Report of the King Institute of Preventive Medicine, Guindy
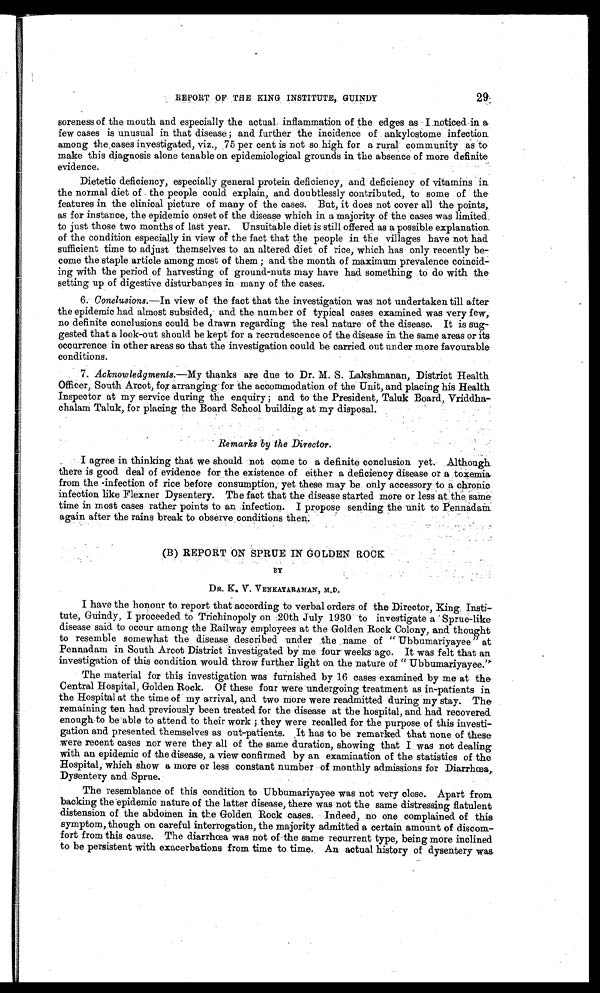
29
REPORT OF THE KING INSTITUTE, GUINDY
soreness of the mouth and especially the actual inflammation of the edges as I noticed in a
few cases is unusual in that disease ; and further the incidence of ankylostome infection.
among the cases investigated, viz., 75 per cent is not so high for a rural community as to
make this diagnosis alone tenable on epidemiological grounds in the absence of more definite
evidence.
Dietetic deficiency, especially general protein deficiency, and deficiency of vitamins in
the normal diet of the people could explain, and doubtlessly contributed, to some of the
features in the clinical picture of many of the cases. But, it does not cover all the points,
as for instance, the epidemic onset of the disease which in a majority of the cases was limited
to just those two months of last year. Unsuitable diet is still offered as a possible explanation
of the condition especially in view or the fact that the people in the villages have not had
sufficient time to adjust themselves to an altered diet of rice, which has only recently be
-
come the staple article among most of them; and the month of maximum prevalence coincid
-
ing with the period of harvesting of ground-nuts may have had something to do with the
setting up of digestive disturbances in many of the cases.
6. Conclusions.—In view of the fact that the investigation was not undertaken till after
the epidemic had almost subsided, and the number of typical cases examined was very few,
no definite conclusions could be drawn regarding the real nature of the disease. It is su
g -
g e s t e d t h a t a l o o k - o u t s h o u l d b e k e p t f o r a r e c r u d e s c e n c e o f t h e d i s e a s e i n t h e s a m e a r e a s o r i t s
occurrence in other areas so that the investigation could be carried out under more favourable
conditions.
7. Acknowledgments.—My thanks are due to Dr. M. S. Lakshmanan, District Health
Officer, South Arcot, fox arranging for the accommodation of the Unit, and placing his Health
Inspector at my service during the enquiry ; and to the President, Taluk Board, Vriddha
-
chalam Taluk, for placing the Board School building at my disposal.
Remarks by the Director.
I agree in thinking that we should not come to a definite conclusion yet. Although
there is good deal of evidence for the existence of either a deficiency disease or a toxemia
from the infection of rice before consumption, yet these may be only accessory to a chronic
infection like Flexner Dysentery. The fact that the disease started more or less at the same
time in most cases rather points to an infection. I propose sending the unit to Pennadam
again after the rains break to observe conditions then.
(B) REPORT ON SPRUE IN GOLDEN ROCK
B Y
DR. K. V. VENKATARAMAN, M.D.
I have the honour to report that according to verbal orders of the Director, King Insti
-
tute, Guindy, I proceeded to Trichinopoly on 20th July 1930 to investigate a Sprue-like
disease said to occur among the Railway employees at the Golden Rock Colony, and thought
to resemble somewhat the disease described under the name of "Ubbumariyayee" at
Pennadam in South Arcot District investigated by me four weeks ago. It was felt that an
investigation of this condition would throw further light on the nature of " Ubbumariyayee."
The material for this investigation was furnished by 16 cases examined by me at the
Central Hospital, Golden Rock. Of these four were undergoing treatment as in-patients in
the Hospital at the time of my arrival, and two more were readmitted during my stay. The
remaining ten had previously been treated for the disease at the hospital, and had recovered
enough to be able to attend to their work; they were recalled for the purpose of this invest
i -
gation and presented themselves as out-patients. It has to be remarked that none of these
were recent cases nor were they all of the same duration, showing that I was not dealing
with an epidemic of the disease, a view confirmed by an examination of the statistics of the
Hospital, which show a more or less constant number of monthly admissions for Diarrhœa,
Dysentery and Sprue.
The resemblance of this condition to Ubbumariyayee was not very close. Apart from
backing the epidemic nature of the latter disease, there was not the same distressing flatulent
distension of the abdomen in the Golden Rock cases. Indeed, no one complained of this
symptom, though on careful interrogation, the majority admitted a certain amount of discom
-
fort from this cause. The diarrhœa was not of the same recurrent type, being more inclined
to be persistent with exacerbations from time to time. An actual history of dysentery was